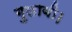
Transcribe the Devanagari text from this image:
गुलाबी।